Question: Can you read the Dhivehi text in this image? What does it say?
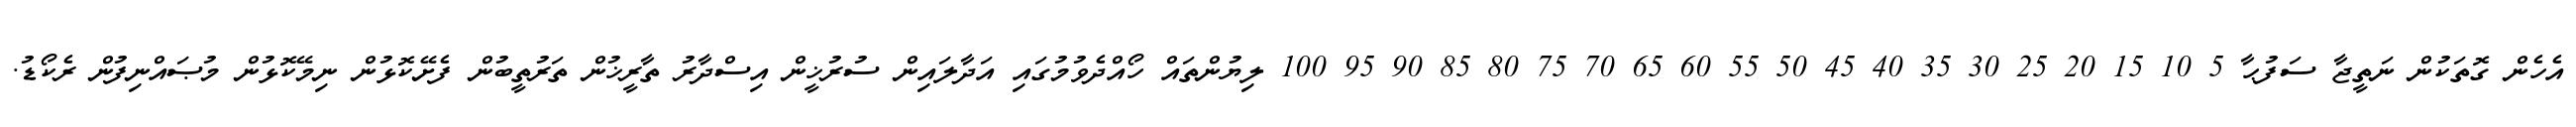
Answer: އެހެން ގޮތަކުން ނަތީޖާ ސަފުޙާ 5 10 15 20 25 30 35 40 45 50 55 60 65 70 75 80 85 90 95 100 ލިޔުންތައް ހޯއްދެވުމުގައި އަދާލައިން ސުރުޚީން އިސްދާރު ތާރީޚުން ތަރުތީބުން ފެށޭކޮޅުން ނިމޭކޮޅުން މުޞައްނިފުން ރެކޯޑު.